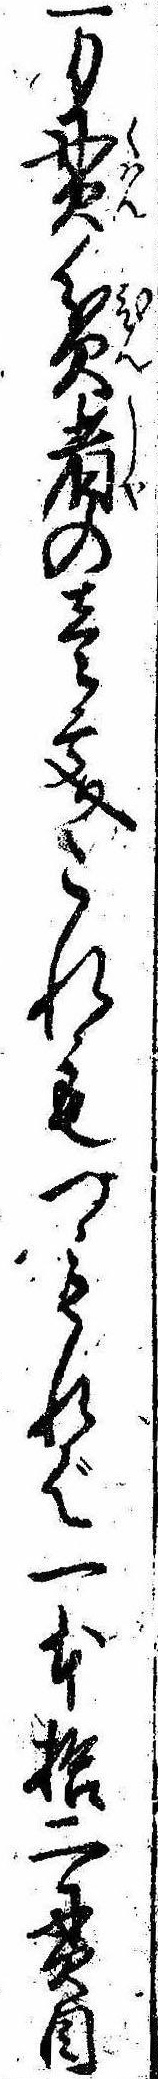
万貫貧者の壱文これもつもれば一本拾二貫目